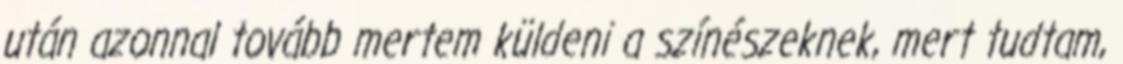
után azonnal tovább mertem küldeni a színészeknek, mert tudtam,